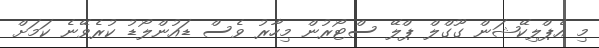
މި އެޕްލިކޭޝަން ގޫގްލް ޕްލޭ ސްޓޯރުން މިހާރު ވެސް ޑައުންލޯޑު ކުރެވޭނެ ކަމަށް